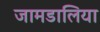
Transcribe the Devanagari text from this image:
जामडालिया